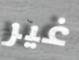
غير